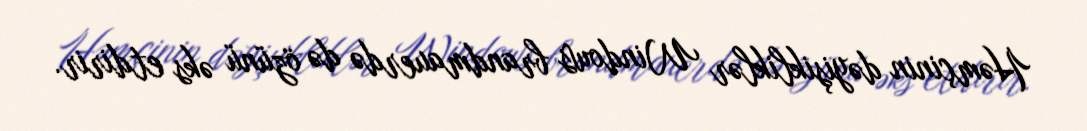
Həmçinin dəyişikliklər Windows brandmauerdə də özünü əks etdirir.